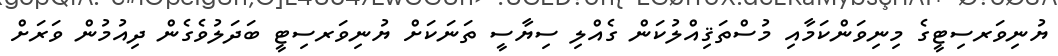
ޔުނިވަރސިޓީގެ މިނިވަންކަމާއި މުސްތަޤިއްލުކަން ގެއްލި ސިޔާސީ ތަނަކަށް ޔުނިވަރސިޓީ ބަދަލުވެގެން ދިއުމުން ވަރަށް